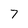
Character: 7